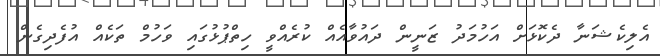
އެލިކެޝަނާ ދެކޮޅަށް އަހުމަދު ޒަނީން ދައުވާއެއް ކުރެއްވީ ހިތްޕުޅުގައި ވަހުމް ތަކެއް އުފެދިގެން